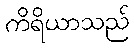
ကိရိယာသည်